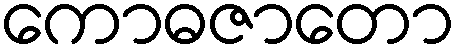
ကောဓဇာတော